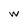
Character: w